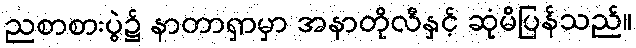
ညစာစားပွဲ၌ နာတာရှာမှာ အနာတိုလီနှင့် ဆုံမိပြန်သည်။